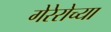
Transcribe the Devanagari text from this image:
गेरेरोच्या